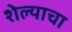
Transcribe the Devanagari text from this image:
शेल्याचा